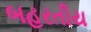
બહરતીય